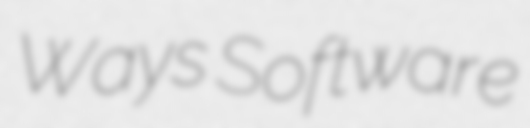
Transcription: Ways Software